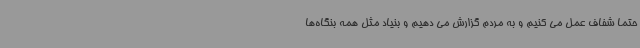
حتما شفاف عمل می کنیم و به مردم گزارش می دهیم و بنیاد مثل همه بنگاه‌ها